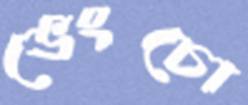
ভেংচো